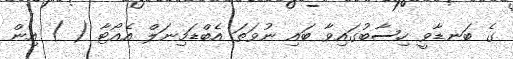
ގެ ބަނޑާވީ ހިސާބުގައިވާ ބައި ނުވަތަ އެބްޑަމިނަލް އެއޯޓާ ( ) އިން